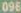
096